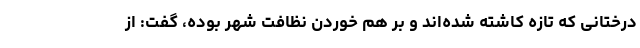
درختانی که تازه کاشته شده‌اند و بر هم خوردن نظافت شهر بوده، گفت: از